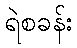
ရဲစခန်း